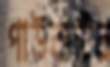
পাউরুটির